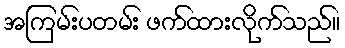
အကြမ်းပတမ်း ဖက်ထားလိုက်သည်။